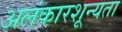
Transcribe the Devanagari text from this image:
अलंकारशून्यता